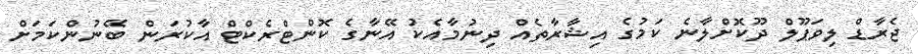
ޖެރާޑް ލިވަޕޫލް ދޫކޮށްލާނެ ކަމުގެ އިޝާރާތެއް ދިނުމާއެކު އޭނާގެ ކޮންޓްރެކްޓް އާކުރަން ބޭނުންކަމަށް